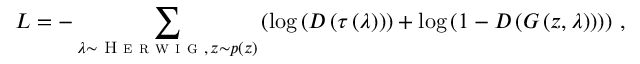
L = - \sum _ { \lambda \sim \textsc { H e r w i g } , \, z \sim p \left( z \right) } \left( \log \left( D \left( \tau \left( \lambda \right) \right) \right) + \log \left( 1 - D \left( G \left( z , \lambda \right) \right) \right) \right) \, ,